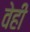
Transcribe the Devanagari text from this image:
वेही